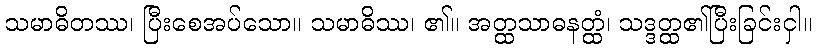
သမာဓိတဿ၊ ပြီးစေအပ်သော။ သမာဓိဿ၊ ၏။ အတ္ထသာဓနတ္ထံ၊ သဒ္ဒတ္ထ၏ပြီးခြင်းငှါ။